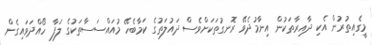
މީގެއިތުރުން އެކި ދާއިރާތަކުން އިނާމުދެވޭ ރޮނގުތަކަށްވެސް ދައުލަތުގެ ކަމާބެހޭ މުއައްސަސާތަކުގެ ލަފާ ހޯއްދަވައިގެން